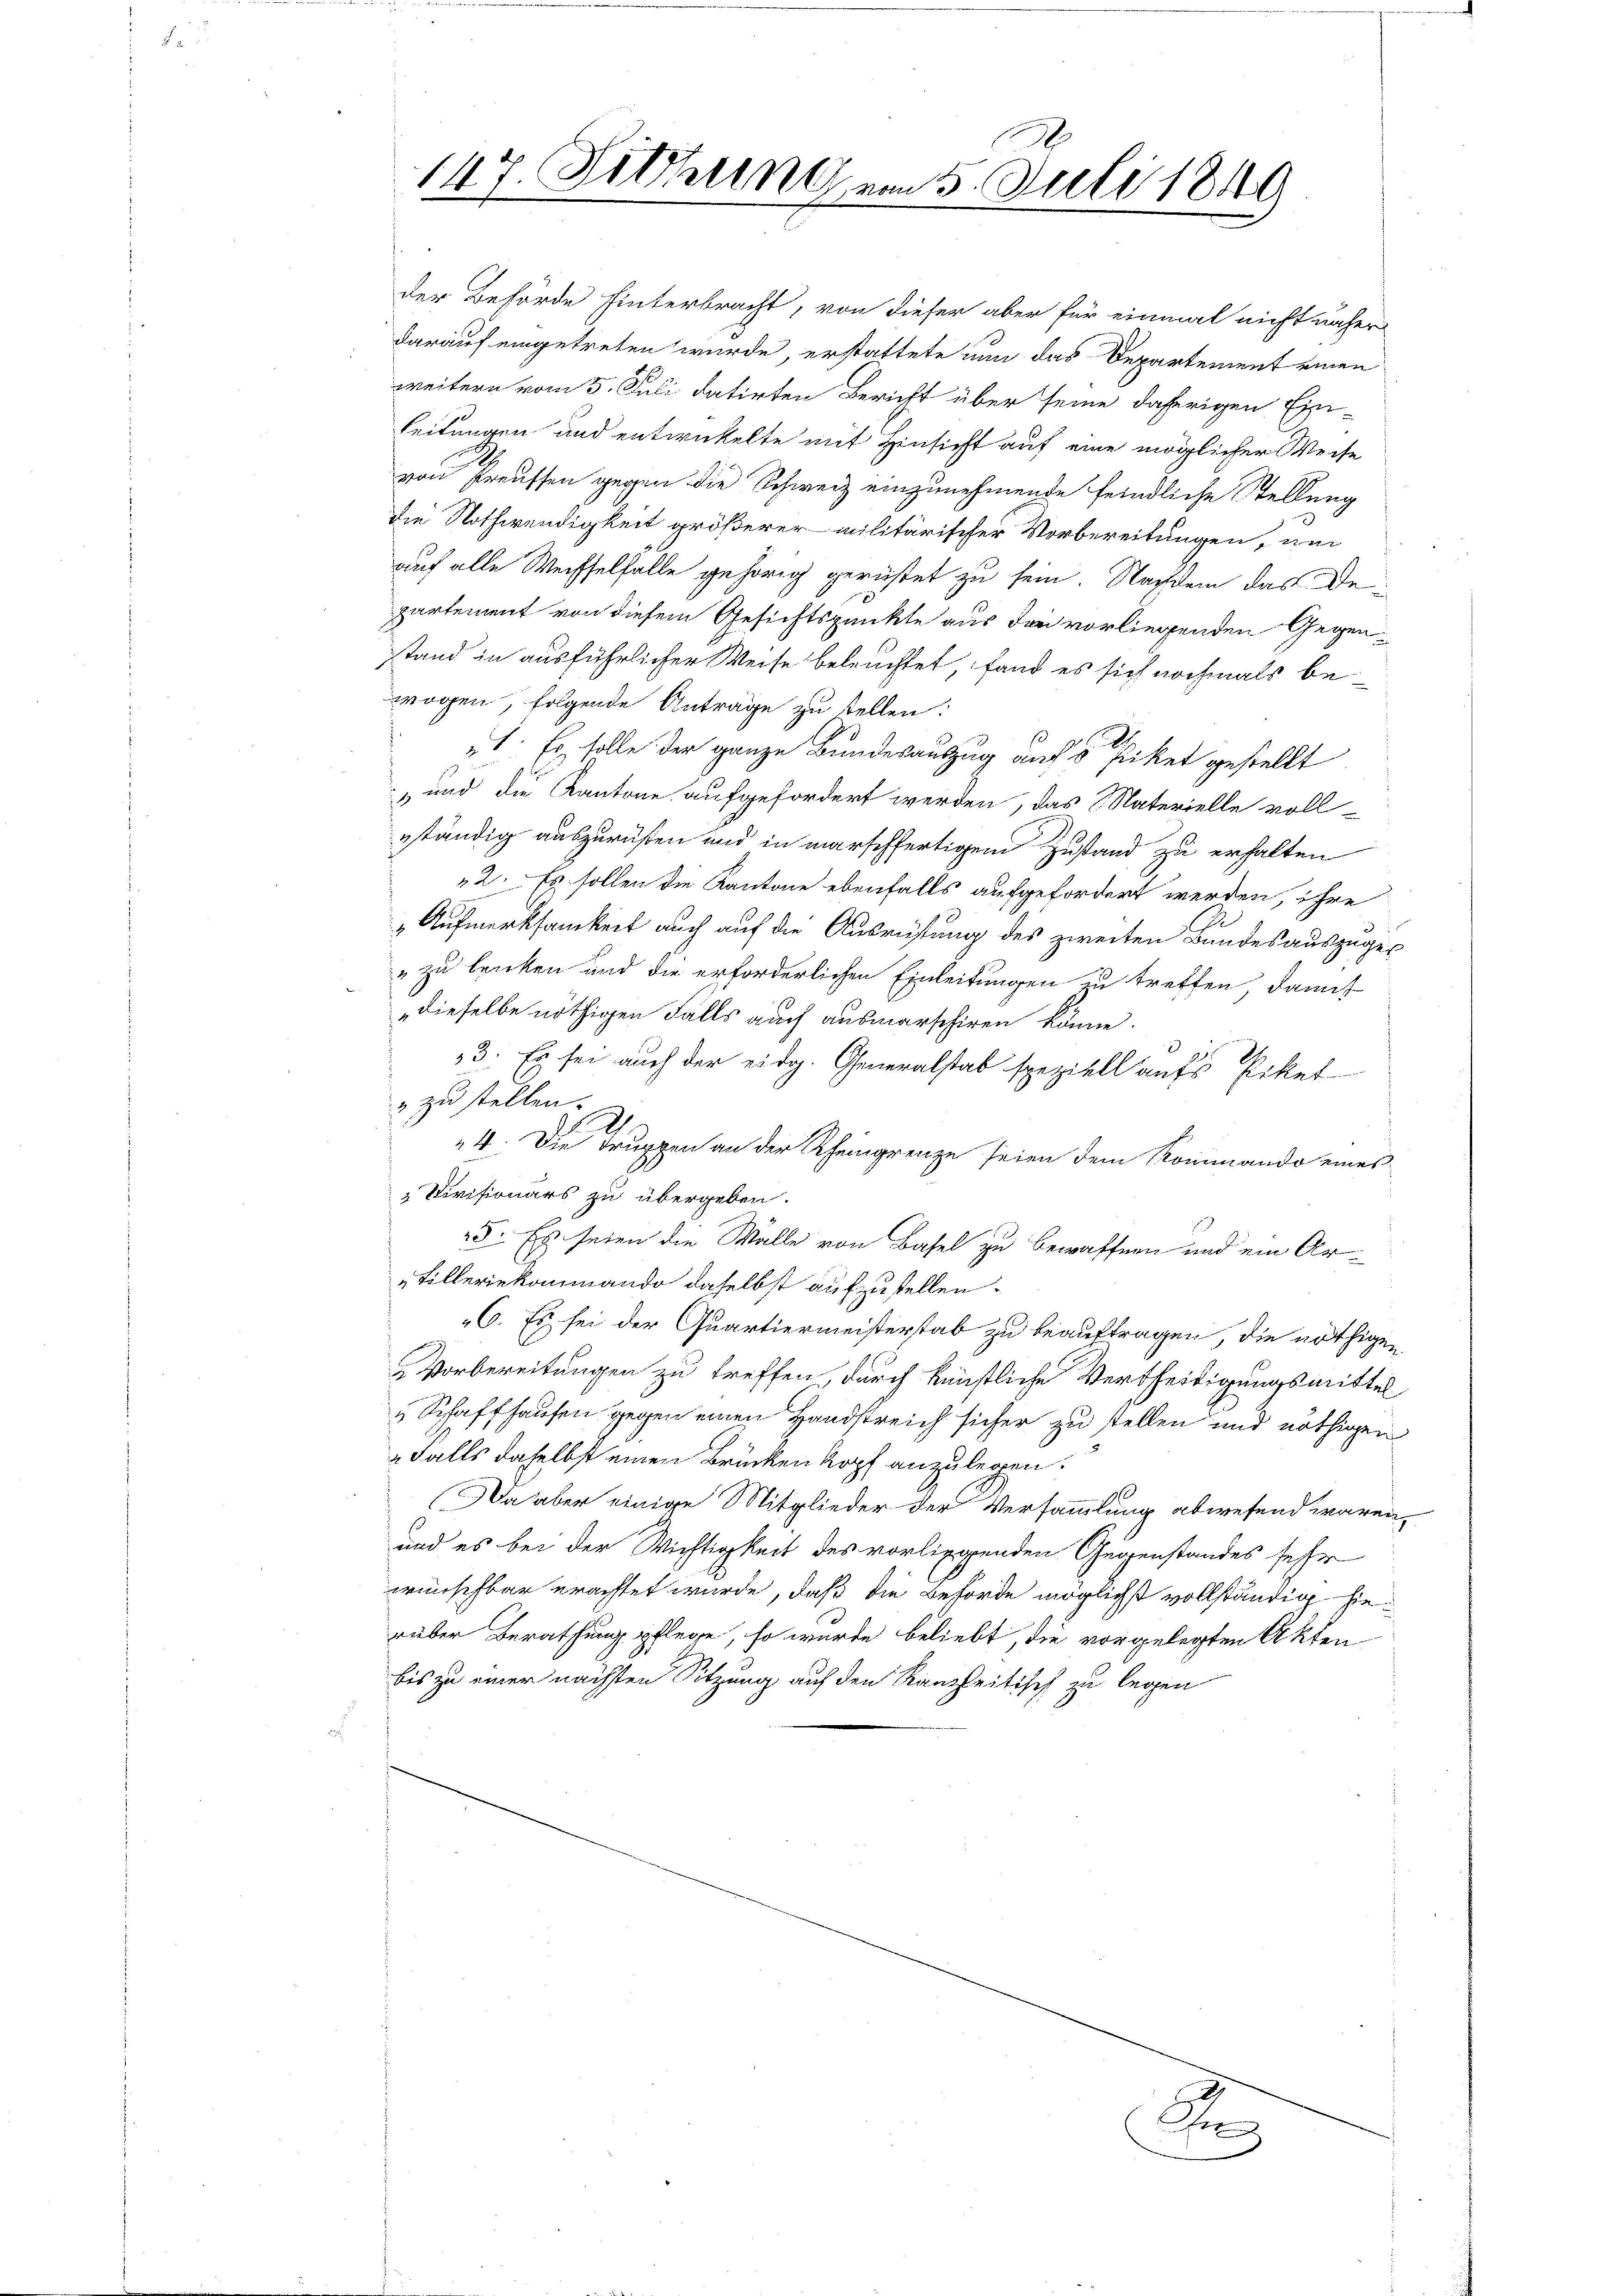
147. Sitzung am 5. Juli 1849

auf alle Wechselfalle gehörig gerüstet zu sein. Nachdem das Departement von diesem Gesichtspunkte aus der vorliegenden Gegenstand in ausführlicher Weise beleuchtet, fand es sich nochmals bewogen, folgende Anträge zu tellen:
1. Es solle der ganze Bundesauszug auf 5 Piket gestellt
 und die Kantone aufgefordert werden, das Materielle voll-
eständig auszurüßen und in marschfertigem Zustand zu erhalten
2. Es sollen die Kantone ebenfalls aufgefordert werden, ihre
„Aufmerksamkeit auch auf die Ausrüstung des zweiten Bundesauszuges
" zu lenken und die erforderlichen Einleitungen in treffen, damit
dieselbe nöthigen Falls auch ausmarschiren könne.
3. Es sei auch der eidg. Generalstab speziell aufs Piket
"zu stellen.
9
4. Die Truppen an der Rheingrenze seien dem Rommando eines
 Sivisionärs zu übergeben.
25. Es seien die Walle von Basel zu bewaffnen und ein Ar¬
„Billeriekommando daselbst aufzustellen.
C. Es sei der Quartiermeisterstab zu beauftragen, die nöthigen
Vorbereitungen zu treffen, durch künstliche Vertheiligungsmittel
„Schaffhausen gegen einen Handstreich sicher zu stellen und nöthigen
„Falls daselbst einen Brückenkopf anzulegen.
a aber einige Mitglieder der Versammlung abwesend wären,
und es bei der Wichtigkeit des vorliegenden Gegenstandes sehr
wünschbar erachtet wurde, daß die Behörde möglichst vollständig hierüber Berathung pflege, so wurde beliebt, die vorgelegten Akten
bis zu einer nächsten Sitzung auf den Ranseitisch zu legen

der Behörde hinterbracht, von dieser aber für einmal nicht näher
darauf eingetreten wurde erstattete nun das Departement einen
weitern vom 5. Juli datirten Bericht über seine daherigen Ein-
leitungen und entwickelte mit Hinsicht auf eine möglicher Weise
von Preuffen gegen die Schweiz einzunehmende feindliche Stellung
die Nothwendigkeit größerer militärischer Vorbereitungen, um

d